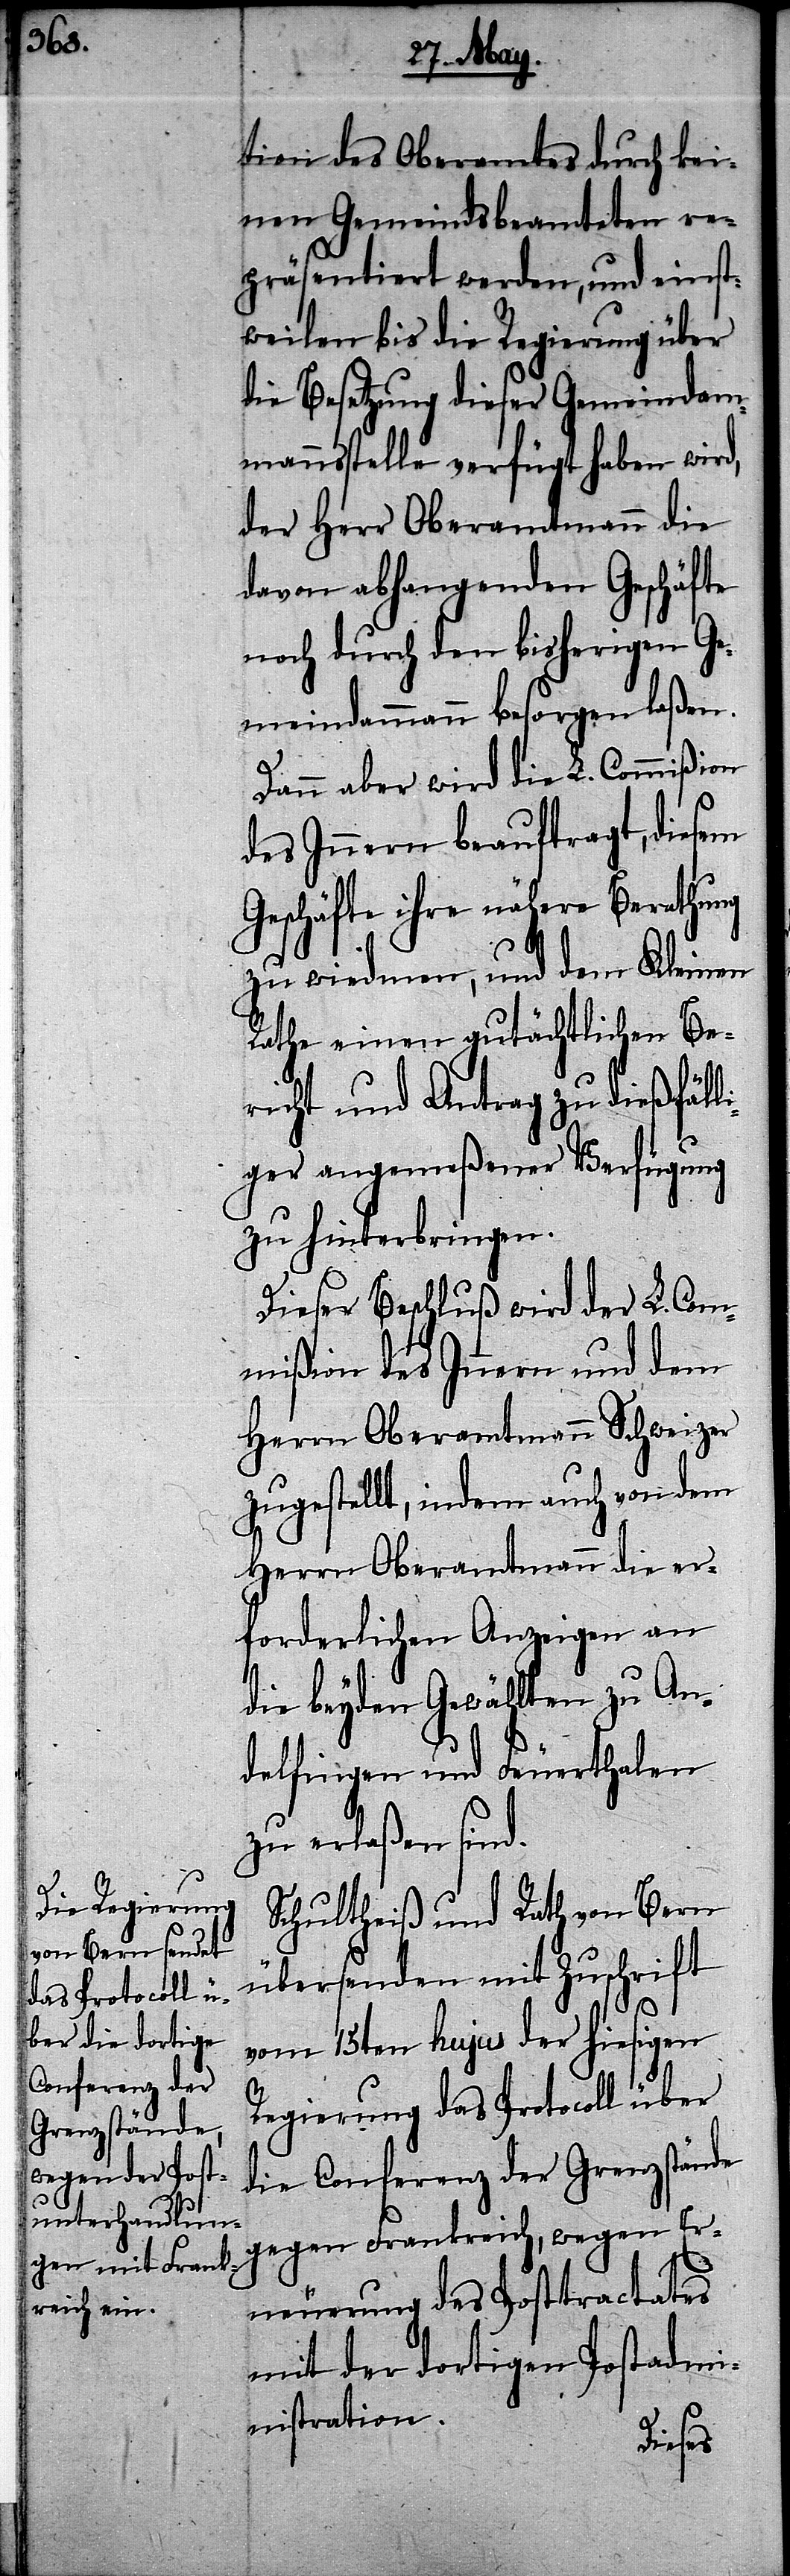
tion des Oberamtes durch kei¬
nen Gemeindsbeamteten re¬
präsentiert werden, und einst¬
weilen bis die Regierung über
die Besetzung dieser Gemeindamm¬
annsstelle verfügt haben wird,
der Herr Oberamtmann die
davon abhangenden Geschäfte
noch durch den bisherigen Ge¬
meindammann besorgen laßen.
Dann aber wird die L. Commißion
des Innern beauftragt, diesem
Geschäfte ihre nähere Berathung
zu wiedmen, und dem Kleinen
Rathe einen gutächtlichen Be¬
richt und Antrag zu dießfäll¬
iger angemeßener Verfügung
zu hinterbringen.
Dieser Beschluß wird der L. Com¬
mißion des Innern und dem
Herrn Oberamtmann Schweizer
zugestellt, indem auch von dem
Herrn Oberamtmann die er¬
forderlichen Anzeigen an
die beyden Gewählten zu An¬
delfingen und Feuerthalen
zu erlaßen sind.
Schultheiß und Rath von Bern
übersenden mit Zuschrift
vom 15ten hujus der hiesigen
Regierung das Protocoll über
die Conferenz der Grenzstände
gegen Frankreich, wegen Er¬
neuerung des Posttractates
mit der dortigen Postadmi¬
nistration.